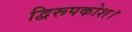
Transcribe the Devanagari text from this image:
द्विरूपकोश।